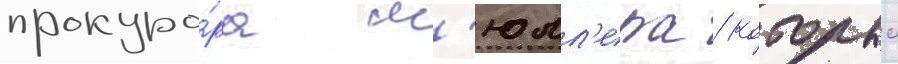
прокуро́ра м'юлл'ера / которыи